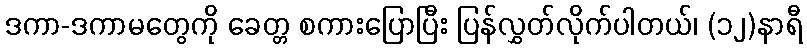
ဒကာ-ဒကာမတွေကို ခေတ္တ စကားပြောပြီး ပြန်လွှတ်လိုက်ပါတယ်၊ (၁၂)နာရီ